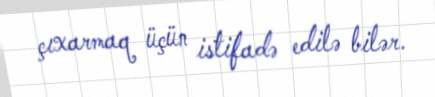
çıxarmaq üçün istifadə edilə bilər.